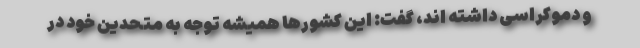
و دموکراسی داشته اند، گفت: این کشورها همیشه توجه به متحدین خود در